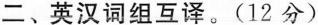
二、英汉词组互译。(12 分)